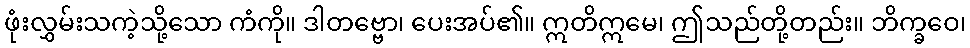
ဖုံးလွှမ်းသကဲ့သို့သော ကံကို။ ဒါတဗ္ဗော၊ ပေးအပ်၏။ ဣတိဣမေ၊ ဤသည်တို့တည်း။ ဘိက္ခဝေ၊